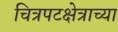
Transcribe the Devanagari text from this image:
चित्रपटक्षेत्राच्या